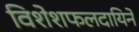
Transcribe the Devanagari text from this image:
विशेशफलदायिने